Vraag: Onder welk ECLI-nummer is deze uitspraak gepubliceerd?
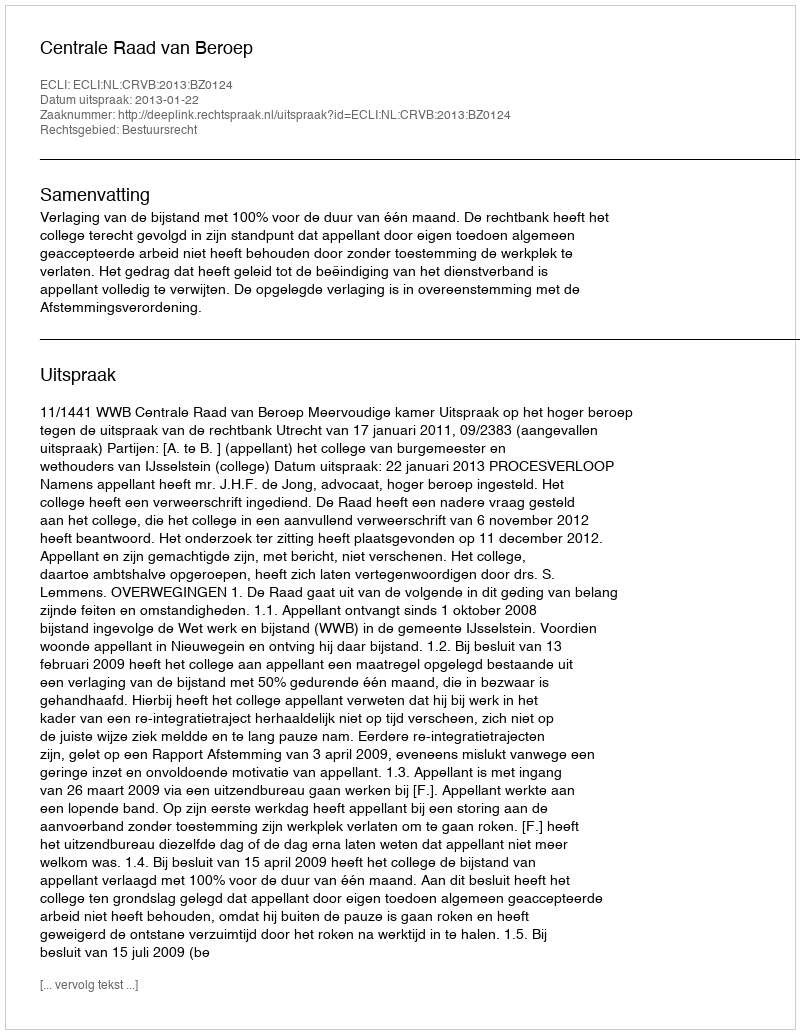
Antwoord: ECLI:NL:CRVB:2013:BZ0124